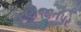
રણજીતપર